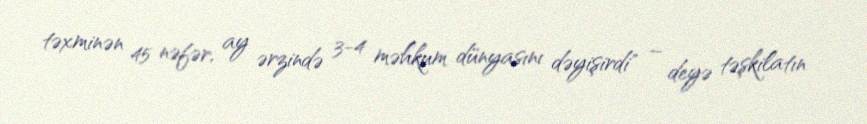
təxminən 45 nəfər, ay ərzində 3-4 məhkum dünyasını dəyişirdi" – deyə təşkilatın